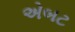
એબટ